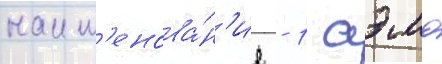
наим'енова́н'ие - 1 аэмд